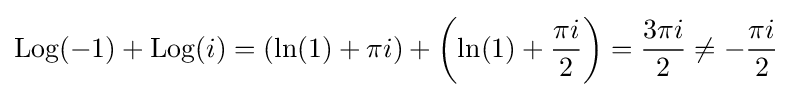
\operatorname {Log} (-1)+\operatorname {Log} (i)=\left(\ln(1)+\pi i\right)+\left(\ln(1)+{\frac {\pi i}{2}}\right)={\frac {3\pi i}{2}}\neq -{\frac {\pi i}{2}}